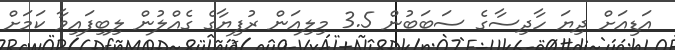
އަޑިއަށް ދިޔަ ހާދިސާގެ ސަބަބުން 3.5 މިލިއަން ރުފިޔާގެ ގެއްލުން ލިބިފައިވާ ކަމަށް